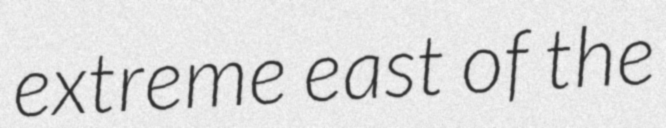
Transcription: extreme east of the